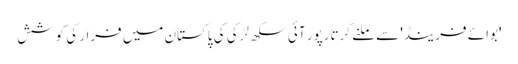
'بوائے فرینڈ' سے ملنے کرتارپور آئی سکھ لڑکی کی پاکستان میں فرار کی کوشش